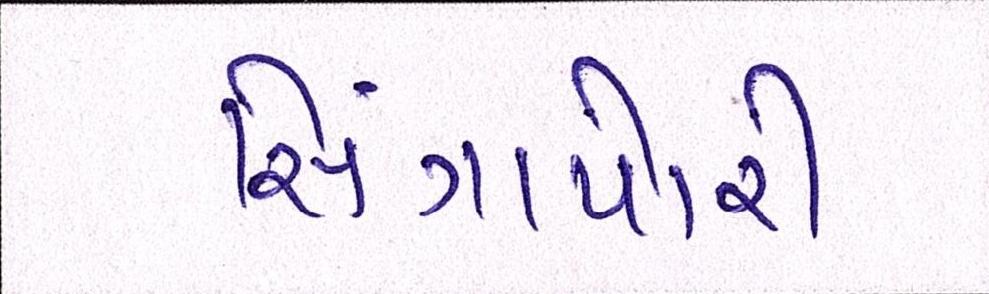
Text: સિંગાપોરી